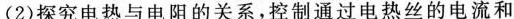
(2)探究电热与电阻的关系，控制通过电热丝的电流和